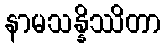
နာမသန္နိဿိတာ